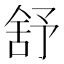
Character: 舒